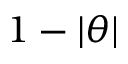
1 - | \theta |